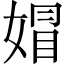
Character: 媢